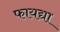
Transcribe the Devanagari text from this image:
फायद्या